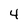
Character: 4